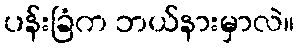
ပန်းခြံက ဘယ်နားမှာလဲ။